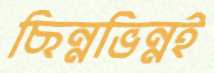
ছিন্নভিন্নই